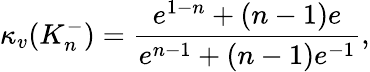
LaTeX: \kappa_{v}(K_{n}^{-})=\frac{{e^{1-n}}+(n-1)e}{{e^{n-1}}+(n-1)e^{-1}},